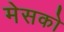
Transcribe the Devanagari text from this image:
मेसको